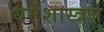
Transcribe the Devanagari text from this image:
धर्मशास्त्रज्ञ